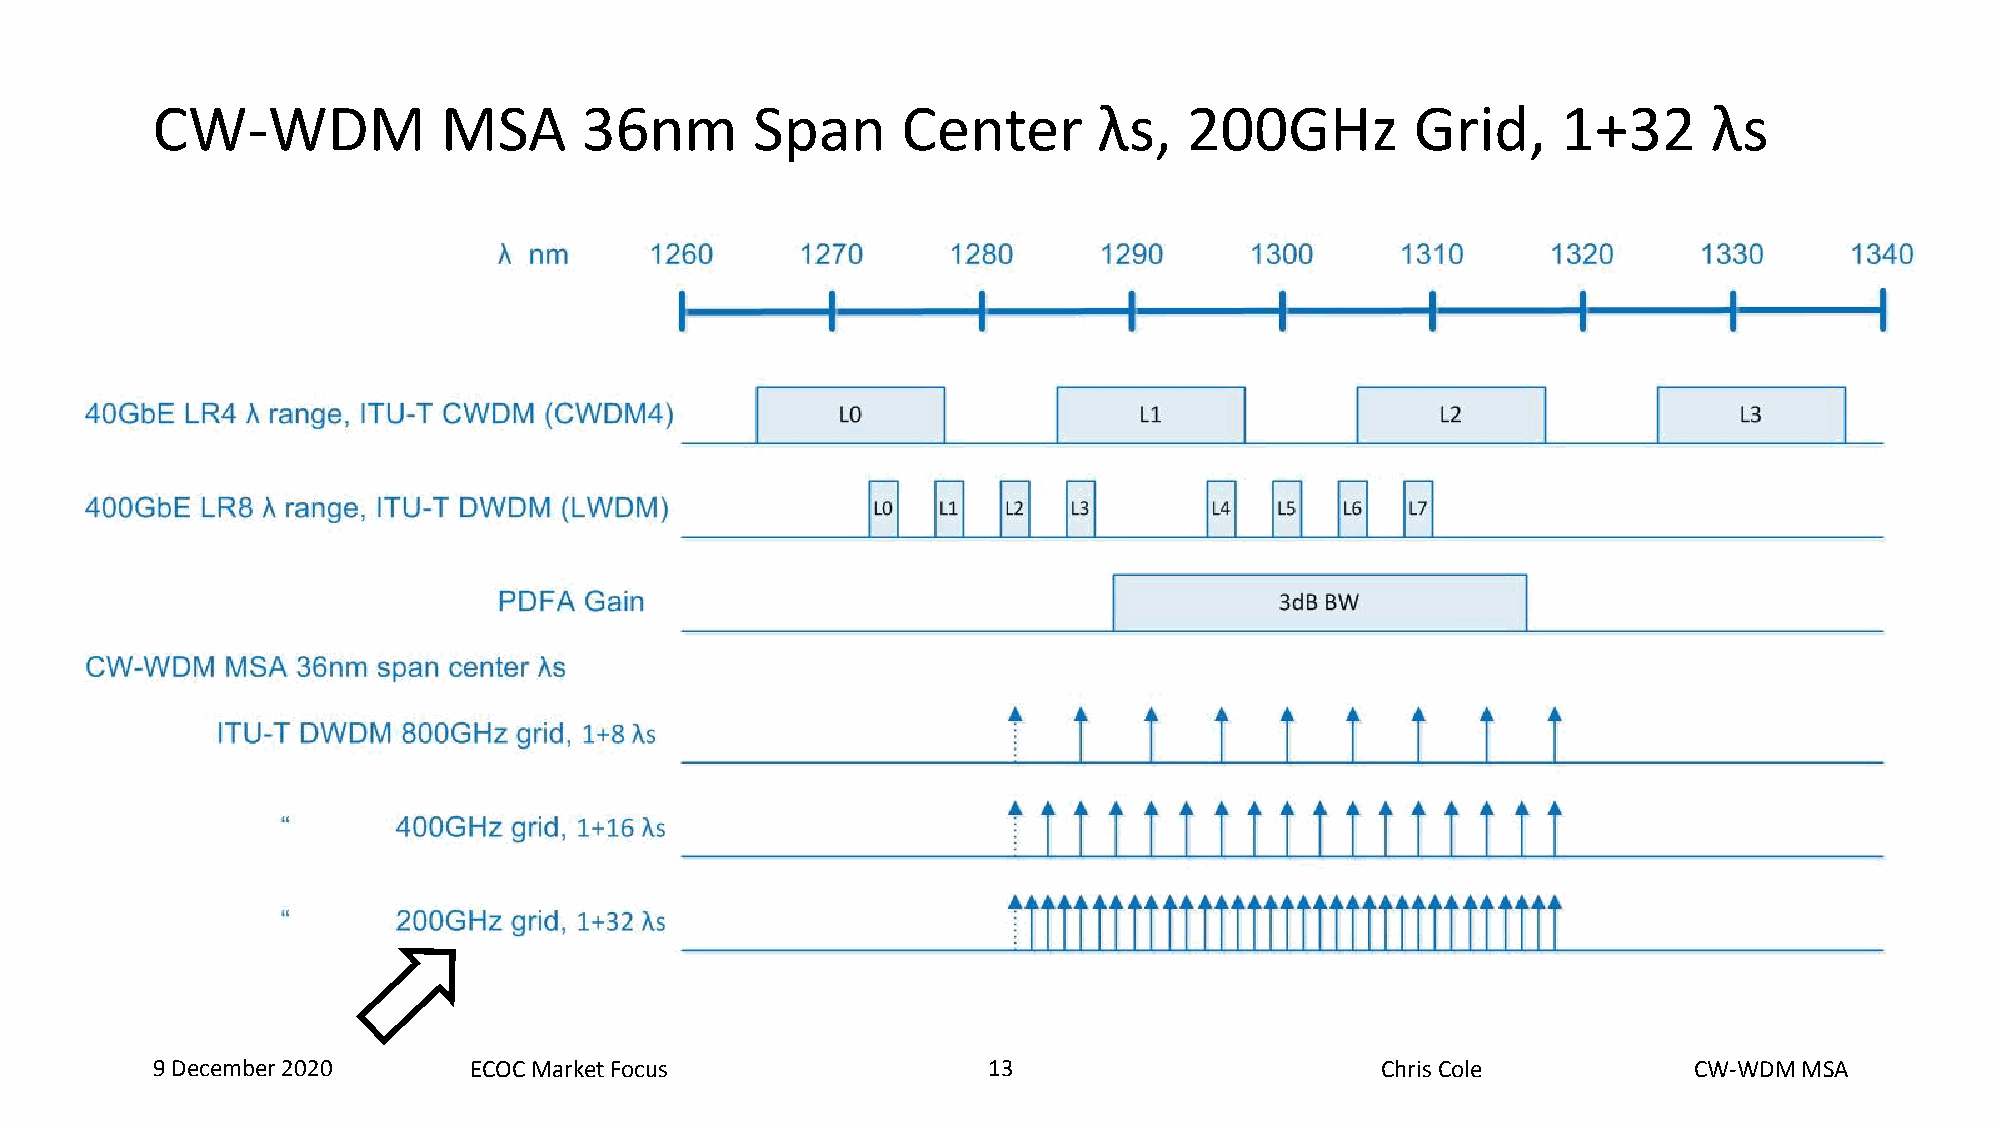
CW-WDM             MSA      36nm        Span      Center       λs,   200GHz         Grid,    1+32      λs
 9 December 2020      ECOC Market Focus                 13  13                    Chris Cole           CW-WDM MSA